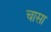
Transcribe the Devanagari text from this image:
चासा